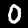
Label: 0